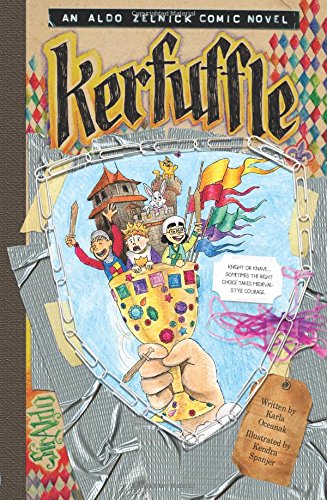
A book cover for Kerfuffle (The Aldo Zelnick Comic Novel Series); Karla Oceanak; Children's Books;